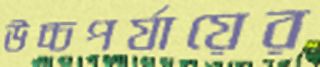
উচ্চপর্যায়ের